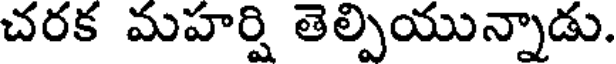
చరక మహర్షి తెల్పియున్నాడు.